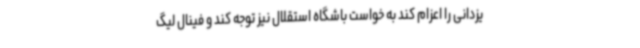
یزدانی را اعزام کند به خواست باشگاه استقلال نیز توجه کند و فینال لیگ